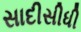
સાદીસીધી